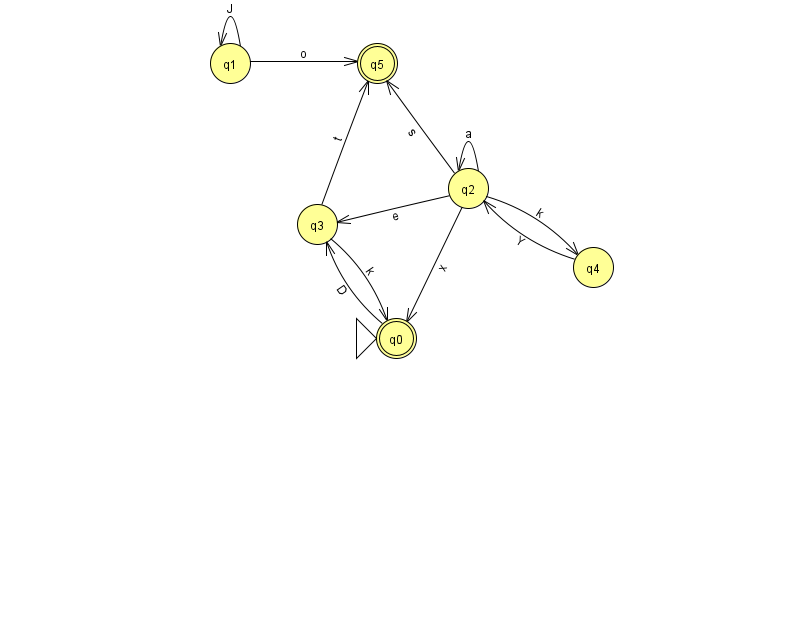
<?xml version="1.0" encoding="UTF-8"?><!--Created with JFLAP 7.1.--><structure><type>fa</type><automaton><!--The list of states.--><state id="0" name="q0"><x>396.0</x><y>325.0</y><initial/><final/></state><state id="1" name="q1"><x>230.0</x><y>50.0</y></state><state id="2" name="q2"><x>468.0</x><y>175.0</y></state><state id="3" name="q3"><x>317.0</x><y>211.0</y></state><state id="4" name="q4"><x>593.0</x><y>254.0</y></state><state id="5" name="q5"><x>377.0</x><y>50.0</y><final/></state><!--The list of transitions.--><transition><from>2</from><to>2</to><read>a</read></transition><transition><from>2</from><to>0</to><read>x</read></transition><transition><from>3</from><to>0</to><read>k</read></transition><transition><from>2</from><to>3</to><read>e</read></transition><transition><from>1</from><to>1</to><read>J</read></transition><transition><from>2</from><to>5</to><read>s</read></transition><transition><from>0</from><to>3</to><read>D</read></transition><transition><from>1</from><to>5</to><read>o</read></transition><transition><from>2</from><to>4</to><read>k</read></transition><transition><from>3</from><to>5</to><read>t</read></transition><transition><from>4</from><to>2</to><read>Y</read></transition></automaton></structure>